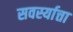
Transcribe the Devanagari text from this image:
सवर्स्यात्ता